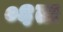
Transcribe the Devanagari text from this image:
०६ता